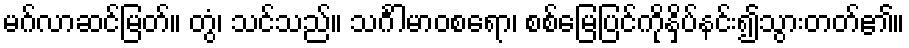
မဂ်လာဆင်မြတ်။ တွံ၊ သင်သည်။ သင်္ဂါမာဝစရော၊ စစ်မြေပြင်ကိုနှိပ်နင်း၍သွားတတ်၏။